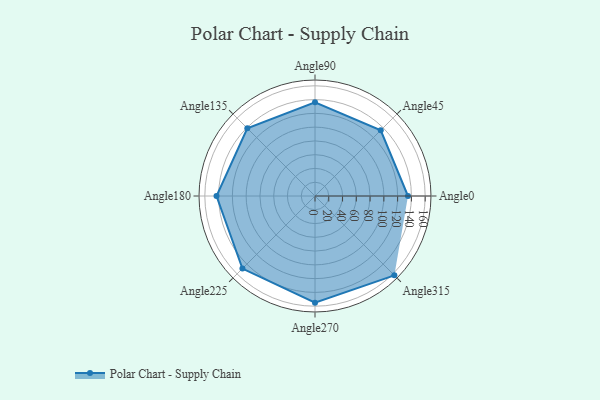
{"axis": {"x": "Angle", "y": "Radius"}, "legend": [""], "data": [{"x": "Angle0", "y": 135.0, "type": ""}, {"x": "Angle45", "y": 135.0, "type": ""}, {"x": "Angle90", "y": 136.0, "type": ""}, {"x": "Angle135", "y": 139.0, "type": ""}, {"x": "Angle180", "y": 143.0, "type": ""}, {"x": "Angle225", "y": 149.0, "type": ""}, {"x": "Angle270", "y": 155.0, "type": ""}, {"x": "Angle315", "y": 163.0, "type": ""}]}